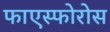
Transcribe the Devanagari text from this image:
फाएस्फोरोस